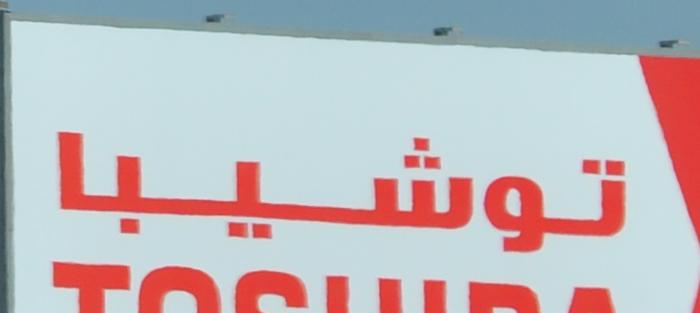
توشيبا